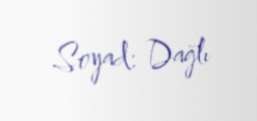
Soyad: Dağlı